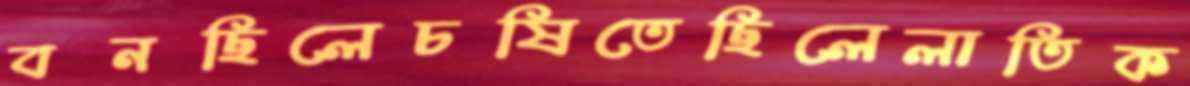
বনছিলেচষিতেছিলেলাতিক